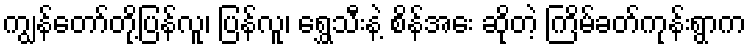
ကျွန်တော်တို့ပြန်လူ၊ ပြန်လူ၊ ရွှေသီးနဲ့ စိန်အေး ဆိုတဲ့ ကြိမ်ခတ်ကုန်းရွာက